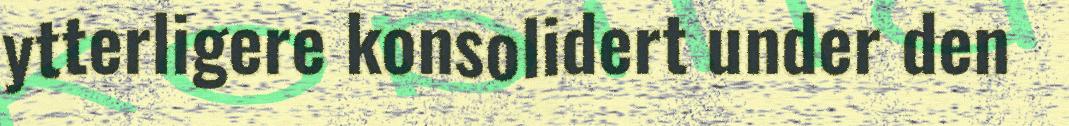
ytterligere konsolidert under den